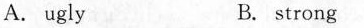
A. ugly B. strong